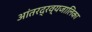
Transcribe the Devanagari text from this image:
आंतरद्रव्यजालिका